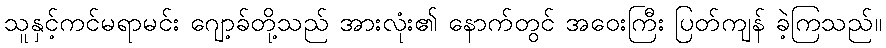
သူနှင့်ကင်မရာမင်း ဂျော့ခ်တို့သည် အားလုံး၏ နောက်တွင် အဝေးကြီး ပြတ်ကျန် ခဲ့ကြသည်။